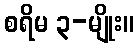
စရိမ ၃-မျိုး။